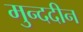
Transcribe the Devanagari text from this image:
मुन्ददीन